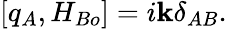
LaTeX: [q_{A},H_{Bo}]=i\mathbf{k}\delta_{AB}.